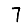
Digit: 7